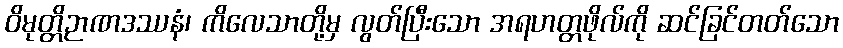
ဝိမုတ္တိဉာဏဒဿနံ၊ ကိလေသာတို့မှ လွတ်ပြီးသော အရဟတ္တဖိုလ်ကို ဆင်ခြင်တတ်သော